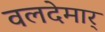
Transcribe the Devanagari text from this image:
वलदेमार्